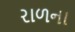
રાળના